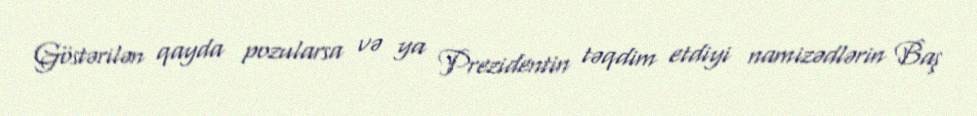
Göstərilən qayda pozularsa və ya Prezidentin təqdim etdiyi namizədlərin Baş